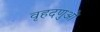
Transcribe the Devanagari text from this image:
वृहदणुओं